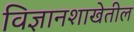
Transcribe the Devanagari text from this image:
विज्ञानशाखेतील